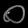
Digit: ၀